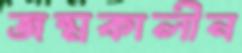
জন্মকালীন